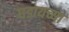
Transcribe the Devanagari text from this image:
घडायच्या